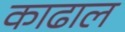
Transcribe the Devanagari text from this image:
काढाल